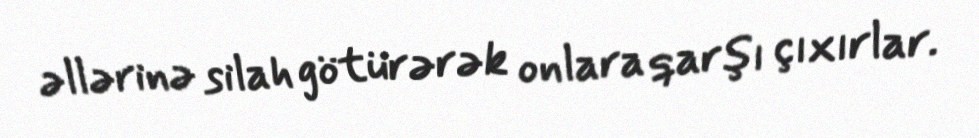
əllərinə silah götürərək onlara qarşı çıxırlar.